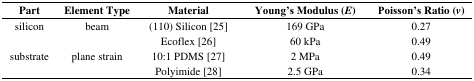
| Part | Element Type | Material | Young's Modulus (E) | Poisson's Ratio (v) |
 | --- | --- | --- | --- | --- |
 | <ROWSPAN=2> silicon | <ROWSPAN=2> beam | (110) Silicon [25] | 169 GPa | 0.27 |
 | Ecoflex [26] | 60 kPa | 0.49 |
 | <ROWSPAN=2> substrate | <ROWSPAN=2> plane strain | 10:1 PDMS [27] | 2 MPa | 0.49 |
 | Polyimide [28] | 2.5 GPa | 0.34 |